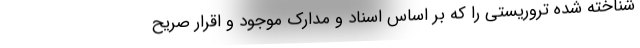
شناخته شده تروریستی را که بر اساس اسناد و مدارک موجود و اقرار صریح